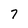
Character: 7